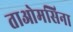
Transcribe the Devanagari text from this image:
ताओमसिना